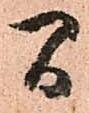
間